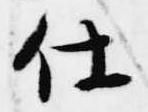
仕